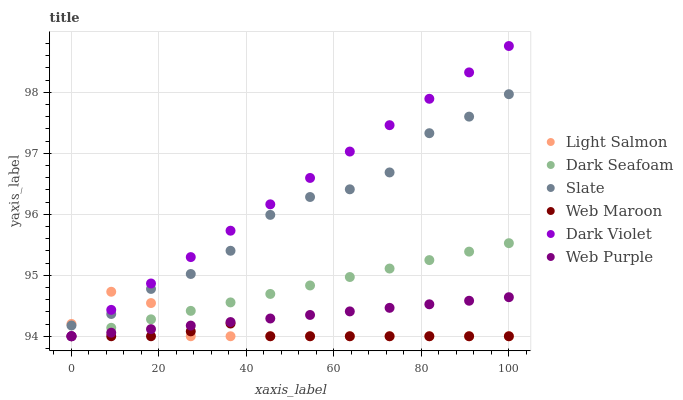
| xaxis_label | Light Salmon | Dark Seafoam | Slate | Web Maroon | Dark Violet | Web Purple |
 | --- | --- | --- | --- | --- | --- | --- |
 | 0 | 94.2 | 94 | 94.2 | 94 | 94 | 94 |
 | 9.09 | 94.7 | 94.1 | 94.4 | 94 | 94.4 | 94.1 |
 | 18.2 | 94.5 | 94.3 | 94.8 | 94 | 94.9 | 94.1 |
 | 27.3 | 94 | 94.4 | 95 | 94.1 | 95.3 | 94.2 |
 | 36.4 | 94 | 94.6 | 95.4 | 94.2 | 95.7 | 94.2 |
 | 45.5 | 94 | 94.7 | 96 | 94 | 96.2 | 94.3 |
 | 54.5 | 94 | 94.8 | 96.3 | 94 | 96.6 | 94.3 |
 | 63.6 | 94 | 95 | 96.4 | 94 | 97 | 94.4 |
 | 72.7 | 94 | 95.1 | 96.7 | 94 | 97.5 | 94.5 |
 | 81.8 | 94 | 95.2 | 97.3 | 94 | 97.9 | 94.5 |
 | 90.9 | 94 | 95.4 | 97.6 | 94 | 98.3 | 94.6 |
 | 100 | 94 | 95.5 | 98 | 94 | 98.8 | 94.6 |